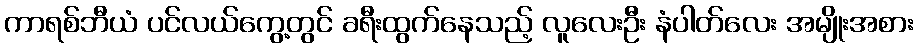
ကာရစ်ဘီယံ ပင်လယ်ကွေ့တွင် ခရီးထွက်နေသည့် လူလေးဦး နံပါတ်လေး အမျိုးအစား